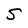
Character: S